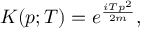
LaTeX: K ( p ; T ) = e ^ { \frac { i T p ^ { 2 } } { 2 m } } ,